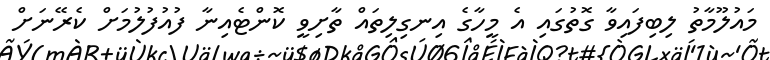
މައުލޫމާތު ލިބިފައިވާ ގޮތުގައި އެ މީހާގެ އިނގިލިތައް ތާށިވީ ކޮންޓެއިނާ ފުއުފުލުމަށް ކެރޭނަށް